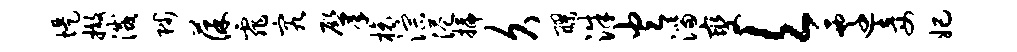
堤撤灭陟葆霏究肇榱淙港插久醪洙火淄燮欠迁妾妃